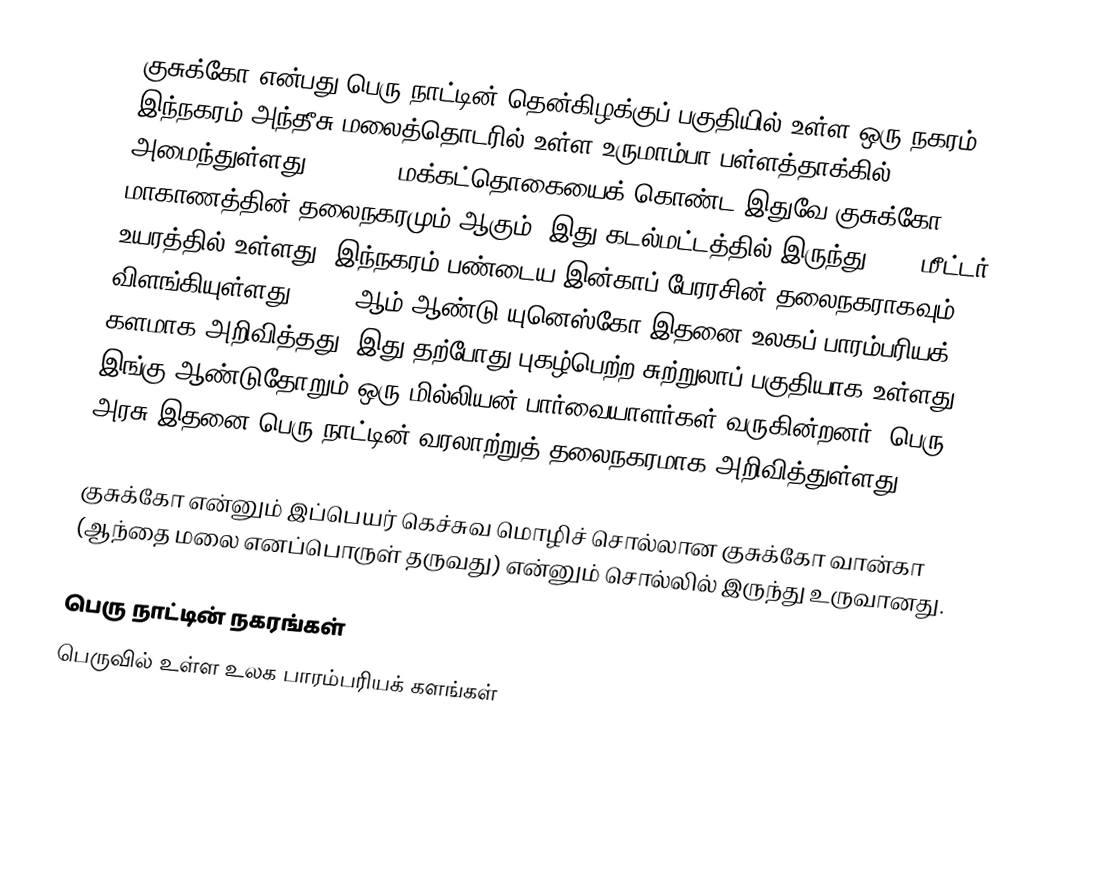
குசுக்கோ என்பது பெரு நாட்டின் தென்கிழக்குப் பகுதியில் உள்ள ஒரு நகரம். இந்நகரம் அந்தீசு மலைத்தொடரில் உள்ள உருமாம்பா பள்ளத்தாக்கில் அமைந்துள்ளது. 348,935 மக்கட்தொகையைக் கொண்ட இதுவே குசுக்கோ மாகாணத்தின் தலைநகரமும் ஆகும். இது கடல்மட்டத்தில் இருந்து 3300 மீட்டர் உயரத்தில் உள்ளது. இந்நகரம் பண்டைய இன்காப் பேரரசின் தலைநகராகவும் விளங்கியுள்ளது. 1983-ஆம் ஆண்டு யுனெஸ்கோ இதனை உலகப் பாரம்பரியக் களமாக அறிவித்தது. இது தற்போது புகழ்பெற்ற சுற்றுலாப் பகுதியாக உள்ளது. இங்கு ஆண்டுதோறும் ஒரு மில்லியன் பார்வையாளர்கள் வருகின்றனர். பெரு அரசு இதனை பெரு நாட்டின் வரலாற்றுத் தலைநகரமாக அறிவித்துள்ளது.

குசுக்கோ என்னும் இப்பெயர் கெச்சுவ மொழிச் சொல்லான குசுக்கோ வான்கா (ஆந்தை மலை எனப்பொருள் தருவது) என்னும் சொல்லில் இருந்து உருவானது.

பெரு நாட்டின் நகரங்கள்
பெருவில் உள்ள உலக பாரம்பரியக் களங்கள்